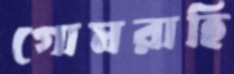
গোমরাহি